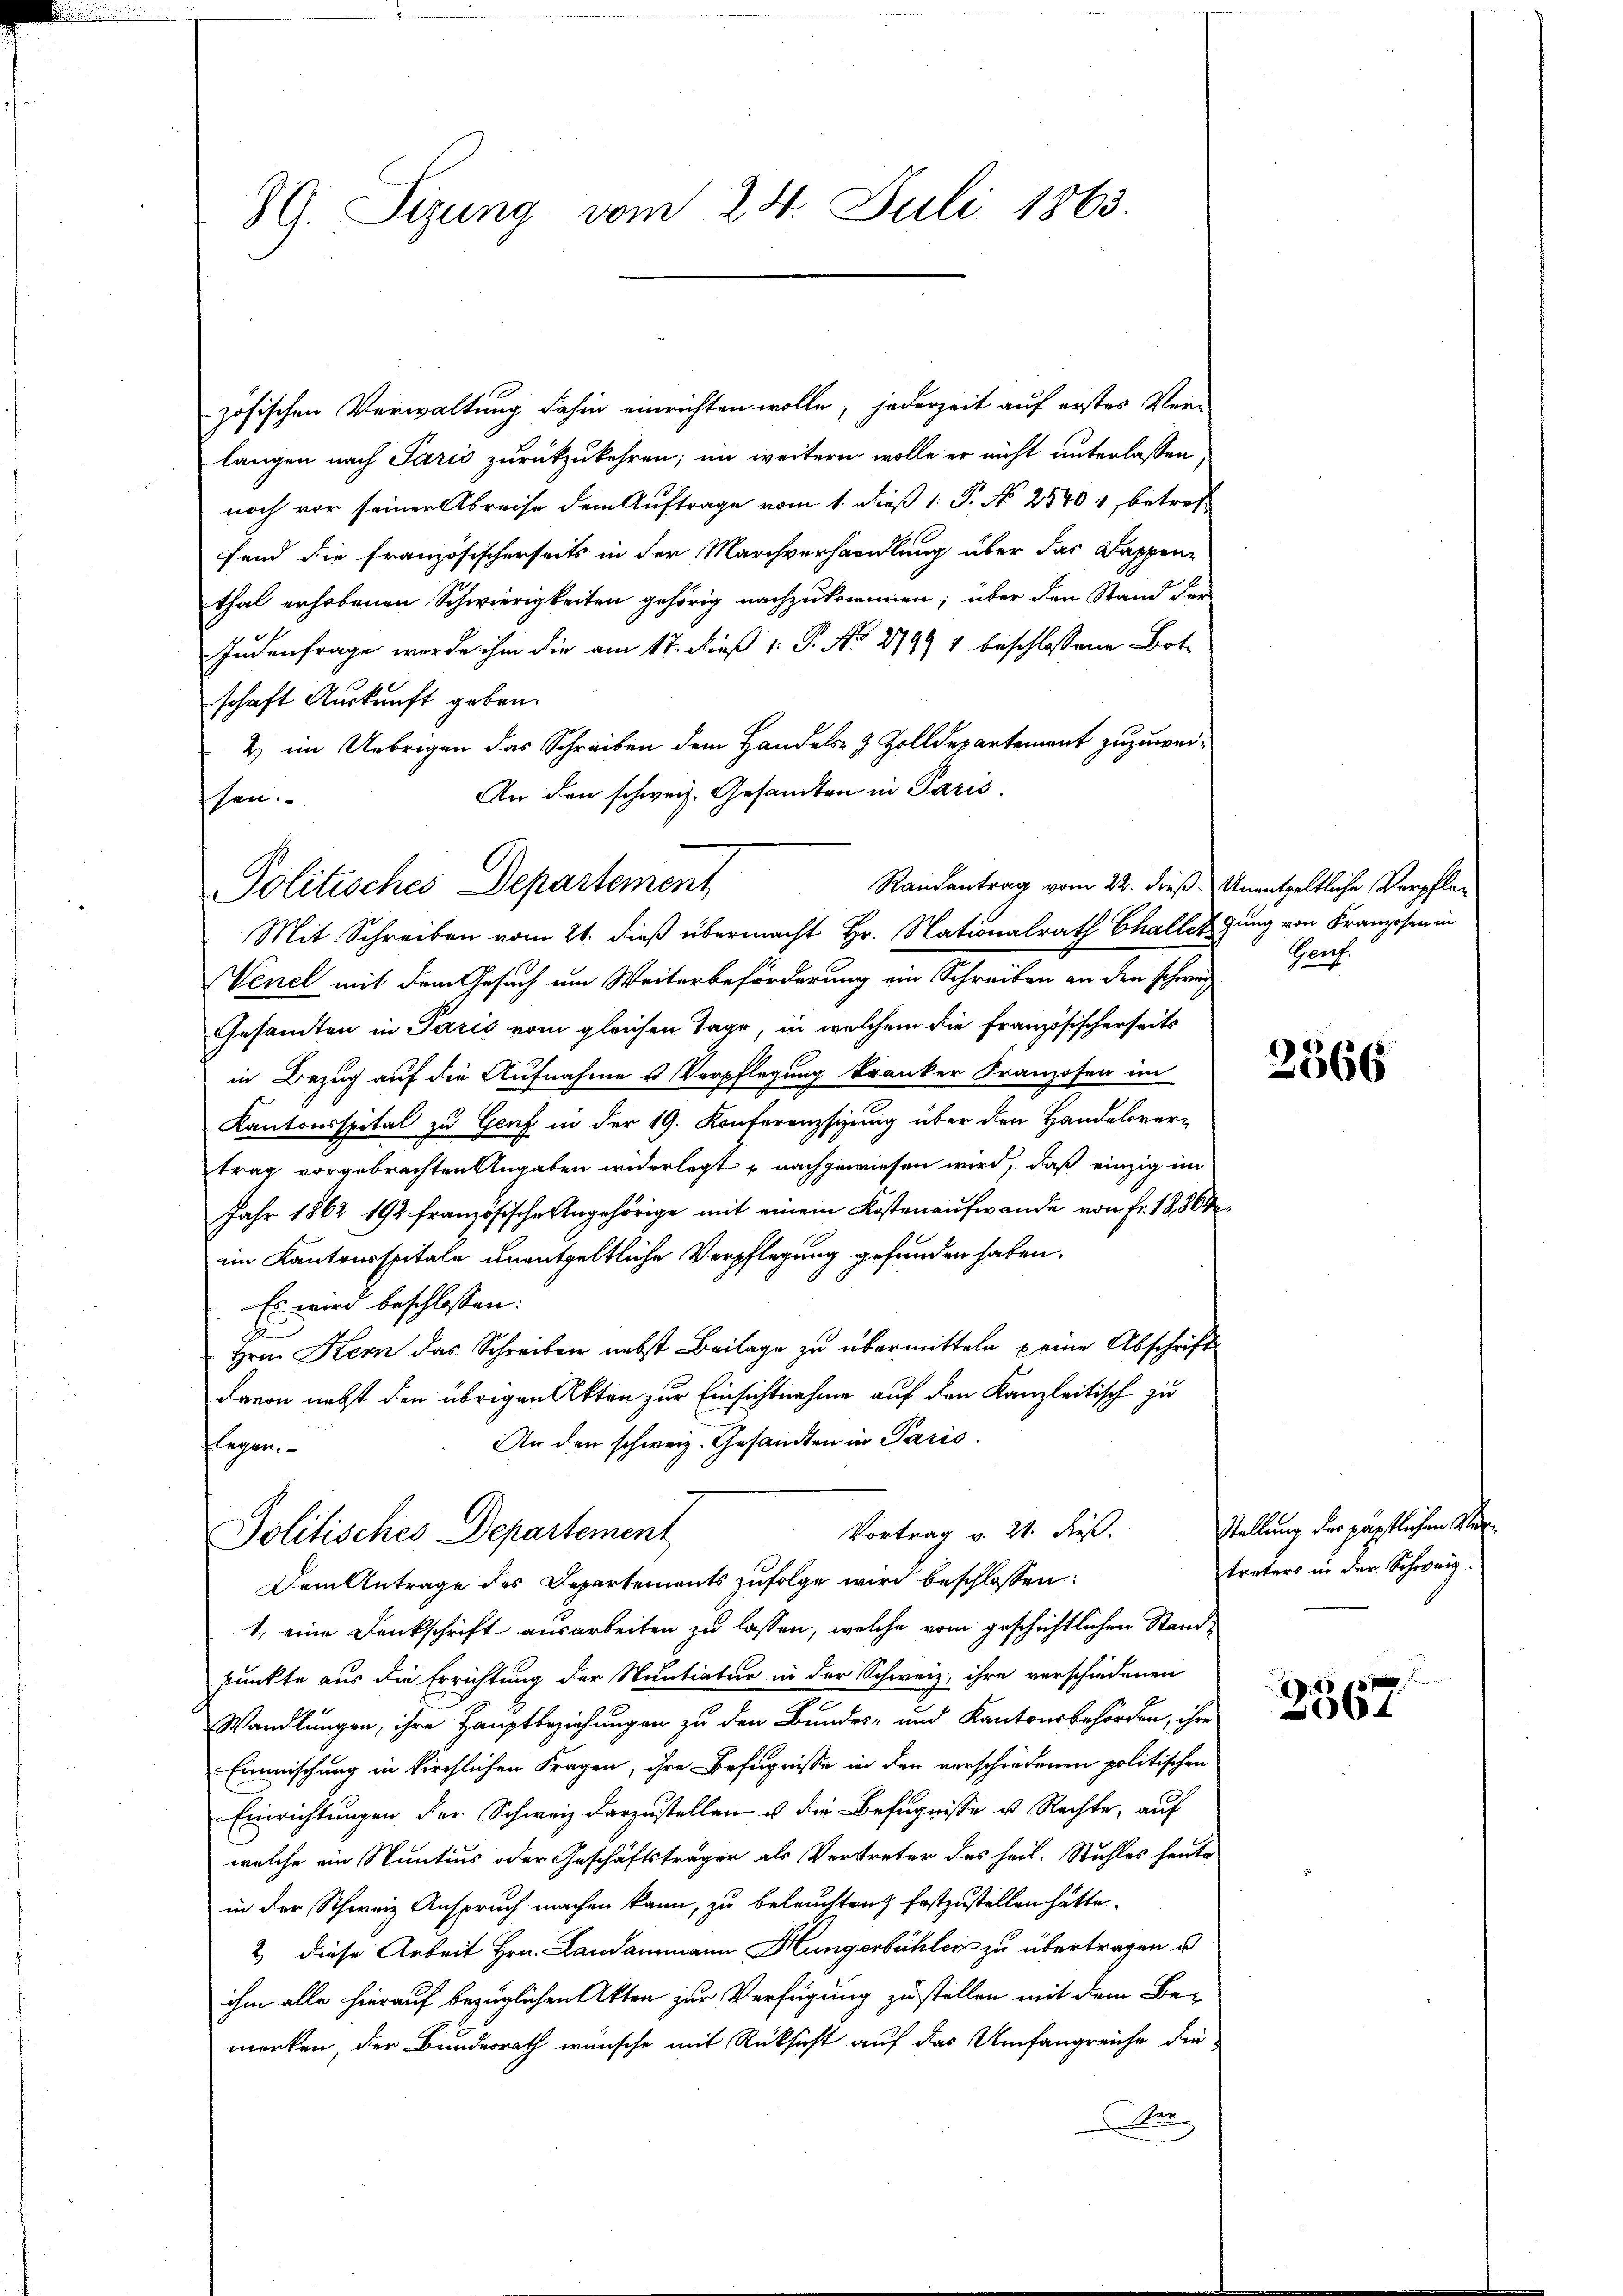
zösischen Verwaltung dahin einrichten wolle, jederzeit auf erstes Ver-
langen nach Paris zurückzukehren; im weitern wolle er nicht unterlassen
noch vor seiner Abreise dem Auftrage vom 1. dieß 1 P. No 25401, betrof-
fend die französischerseits in der Marchverhandlung über das Kappen-
thal erhobenen Schwierigkeiten gehörig nachzukommen; über den Stand der
e
Indenfrage werde ihm die am 17. dieß 1: P. No 2799 1 beschlossene Botschaft Auskunft geben.
2) im Uebrigen das Schreiben dem Handels- & Zolldepartement zuzuwei¬
An den schweiz. Gesandten in Paris.
sen.

8G. Sizung vom 24. Juli 1863.

Randantrag vom 22. dieß. Unentgeltliche Verpfle¬
Politisches Departement
Mit Schreiben vom 21. dieß übermacht Hr. Nationalrath Challergung von Franzosen in

Venel mit dem Gesuch um Weiterbeförderung ein Schreiben an den schweiz
Gesamten in Paris vom gleichen Tage, in welchem die Französischerseits
in Bezug auf die Aufnahme u Verpflegung kranker Franzosen im
Kantonsspital zu Genf in der 19. Konferenzsizung über den Handelsvertrag vorgebrachten Angaben widerlegt u nachgewiesen wird, daß einzig im
Jahr 1862 192 französische Angehörige mit einem Kostenaufwande von Fr. 18,804
im Kantonsspitale unentgeltliche Verpflegung gefunden haben.
Es wird beschlossen:
Hrn. Kern das Schreiben nebst Beilage zu übermitteln keine Abschrift
davon nebst den übrigen Akten zur Einsichtnahme auf den Kanzleitisch zu
e
An den schweiz. Gesandten in Paris.
flegen.

Vortrag v. 21. dieß.
Politisches Departement
Dem Antrage des Departements zufolge wird beschlossen:

Garf.

1. eine Denkschrift ausarbeiten zu lassen, welche vom geschichtlichen Standpunkte aus die Errichtung der Muntiatur in der Schweiz, ihre verschiedenen
Wandlungen, ihre Hauptbeziehungen zu den Bundes- und Kantonsbehörden, ihre
Einmischung in kirchlichen Fragen, ihre Befugnisse in den verschiedenen politischen
Einrichtungen der Schweiz darzustellen u die Befugnisse u. Rechte, auf
welche ein Nuntius oder Geschäftsträger als Vertreter des heil. Stuhles heute
in der Schweiz Anspruch machen kann, zu beleistanz festzustellen hätte.
2 diese Arbeit Hrn. Landammann Hungerbühler zu übertragen u.
ihm alle hierauf bezüglichen Akten zur Verfügung zustellen mit dem Be-
merken, der Bundesrath wünsche mit Rücksicht auf das Umfangreiche die
ter

2366

Stellung der günstlichen Meitreters in der Schweiz.

2367